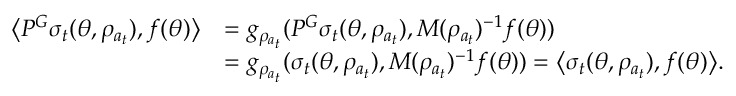
\begin{array} { r l } { \bigl \langle P ^ { G } \sigma _ { t } ( \theta , \rho _ { a _ { t } } ) , f ( \theta ) \bigr \rangle } & { = g _ { \rho _ { a _ { t } } } ( P ^ { G } \sigma _ { t } ( \theta , \rho _ { a _ { t } } ) , M ( \rho _ { a _ { t } } ) ^ { - 1 } f ( \theta ) ) } \\ & { = g _ { \rho _ { a _ { t } } } ( \sigma _ { t } ( \theta , \rho _ { a _ { t } } ) , M ( \rho _ { a _ { t } } ) ^ { - 1 } f ( \theta ) ) = \bigl \langle \sigma _ { t } ( \theta , \rho _ { a _ { t } } ) , f ( \theta ) \bigr \rangle . } \end{array}